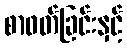
စာဖတ်ခြင်းနှင့်